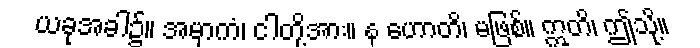
ယခုအခါ၌။ အမှာကံ၊ ငါတို့အား။ န ဟောတိ၊ မဖြစ်။ ဣတိ၊ ဤသို့။